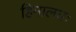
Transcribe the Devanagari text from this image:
हिमालयः